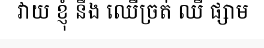
វាយ ខ្ញុំ នឹង ឈើច្រត់ ឈឺ ផ្សាម